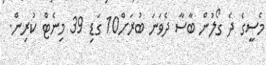
މެސީގެ ދެ ގޯލުން ބާސާ ދެވަނަ ބުރަށް10 ގަޑި 39 މިނެޓް ކުރިން.